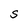
Character: S